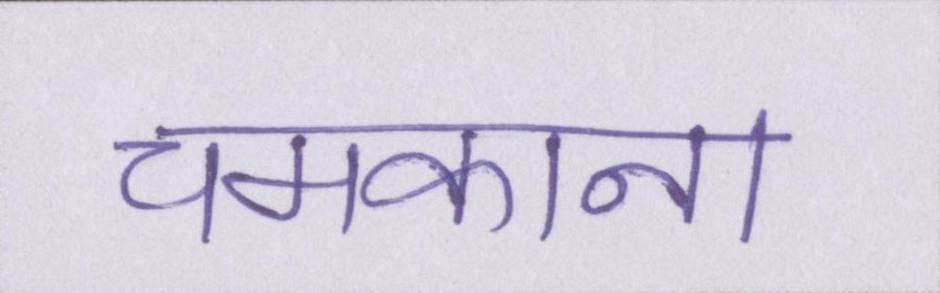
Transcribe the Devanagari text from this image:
चमकाना